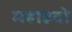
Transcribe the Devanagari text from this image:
महाह्रदो